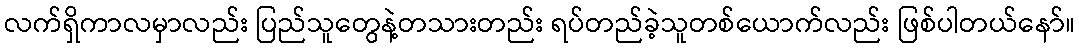
လက်ရှိကာလမှာလည်း ပြည်သူတွေနဲ့တသားတည်း ရပ်တည်ခဲ့သူတစ်ယောက်လည်း ဖြစ်ပါတယ်နော်။